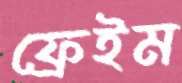
ফ্রেইম